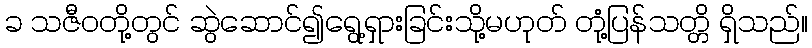
ခ သဇီဝတို့တွင် ဆွဲဆောင်၍ရွေ့ရှားခြင်းသို့မဟုတ် တုံ့ပြန်သတ္တိ ရှိသည်။